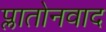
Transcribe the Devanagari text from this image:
प्लातोनवाद